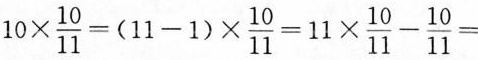
$$1 0 \times \frac { 1 0 } { 1 1 } =（1 1 - 1 ) \times \frac { 1 0 } { 1 1 } = 1 1 \times \frac { 1 0 } { 1 1 } - \frac { 1 0 } { 1 1 } =